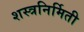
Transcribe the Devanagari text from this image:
शस्त्रनिर्मिती